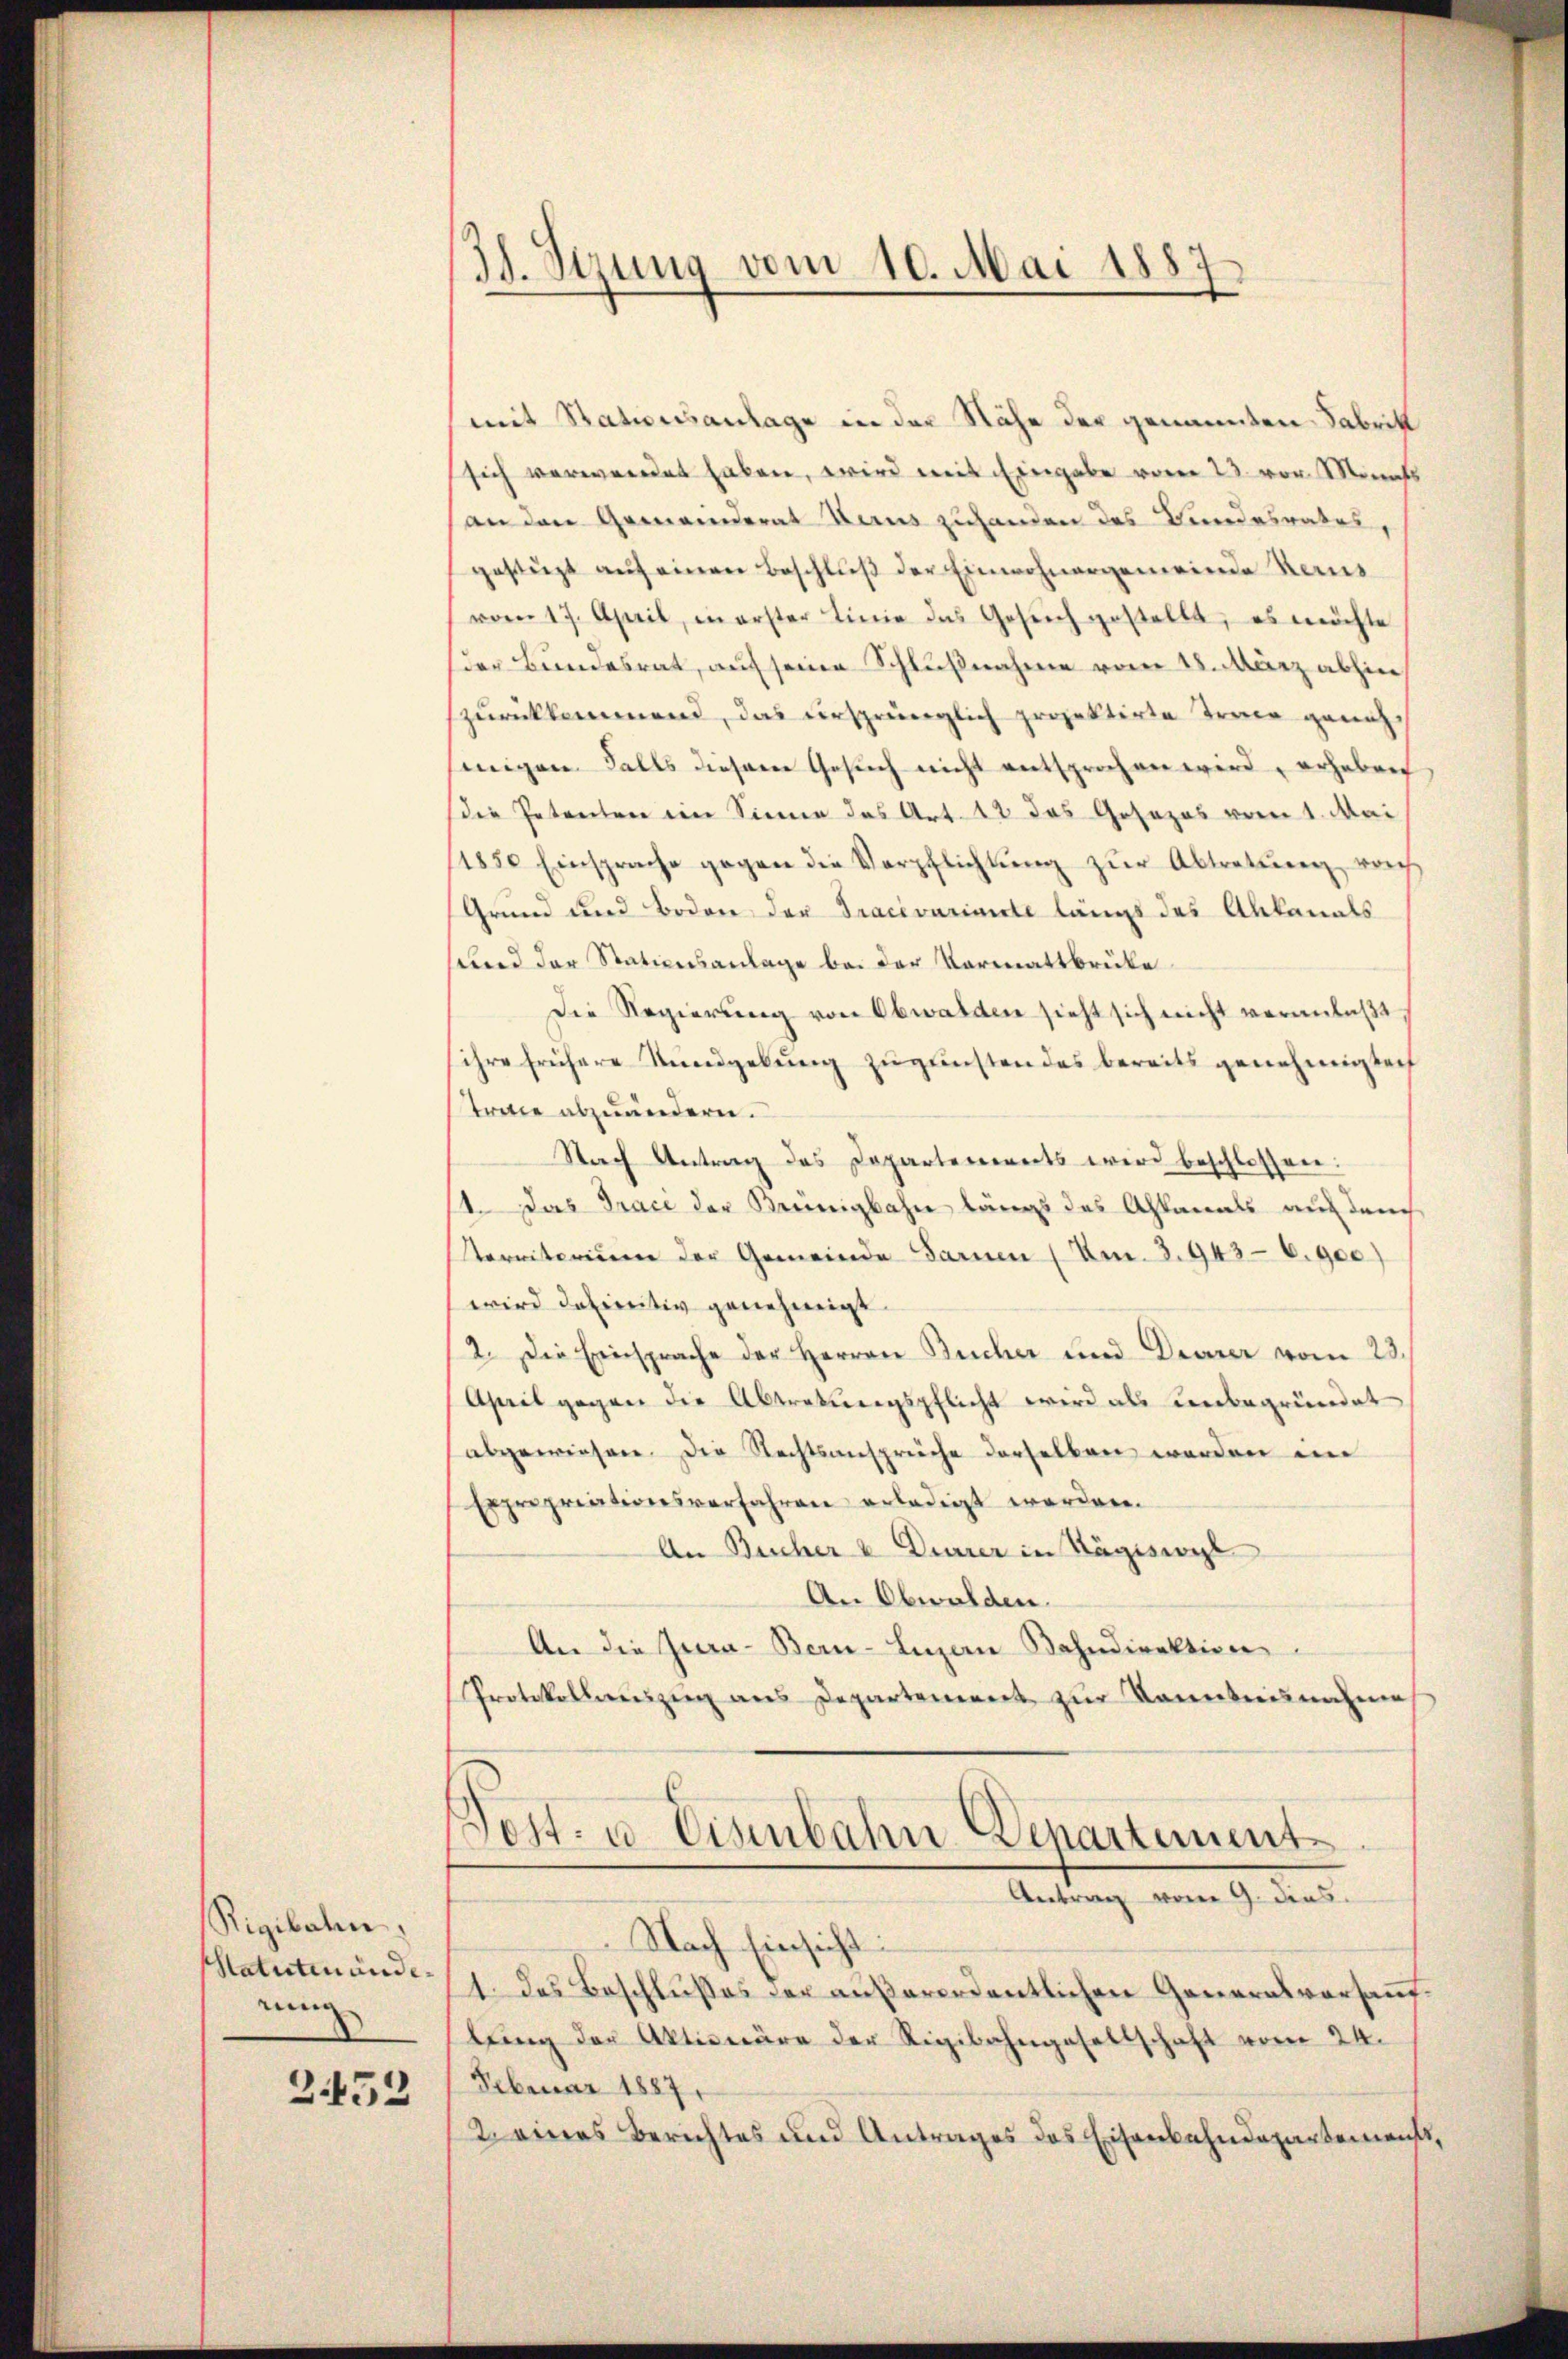
Rigibalen.
Statutenändering

3.452

31. Sizung vom 10. Mai 1887

mit Stationsanlage in der Nähe der genannten Fabritt
sich verwendet haben, wird mit Eingabe vom 23. von Monats
an den Gemeinderat Haus zuhanden des Bundesrates,
gestützt auf einen Beschluß der Einwohnergemeinde Reins
vom 17. April, in erster Linie das Gesŭch gestellt, es möchte
der Bundesrat, auf seine Schlußnahme vom 28. März abhin
zurückkommend, das ursprünglich projektirte Train geneh-
migen Falls diesem Gesuch nicht entsprochen wird, erheben
(die Petenten im Sinne das Art. 12 das Gesezes vom 1. Mai
11830 Einsprache gegen die Verpflichtung zur Abtretung vorh
Grund und Boden der Tracevariante längs das Abkanals
sund der Stationsanlage bei der Vormattbrüke
Die Regierung von Obwalden sieht sich nicht veranlaßt
sihre frühere Rundgebung zugunsten des bereits genehmigten
Trette abzuändern.
Nach Antrag des Departements wird beschlossen:
14. Das Traci der Kreinigbahn längs das Alamals auf durch
Sterniterium der Gemeinde Sarnen (Am. 3. 943-6.900)
wird definitiv genehmigt.
2. Die Einsprache der Herren Bucher und Deuerer vom 23.
April gegen die Abtretungspflicht wird als unbegründet
abgewiesen. Die Rechtsansprüche derselben werden im
Expropriationsverfahren erledigt worden.
An Bucher v Diarrer in Hägiswyl
An Obwalden.
An die Jura-Bern-Linzen Bahndirektion
Protokollenzug aus Departement zŭr Kenntnisnahme
Bost- u. Eisenbahn Departement¬
Antrag vom 9. dies
Nach Einsicht:
14. Das Beschlußes der außerordentlichen Generalvorsammtbung der Aktionäre der Rigibahngesellschaft vom 24.
Februar 1887.
2 eines Berichtes und Antrages des Eisenbahndepartemens,